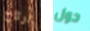
ارتاح حول